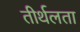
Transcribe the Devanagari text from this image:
तीर्थलता